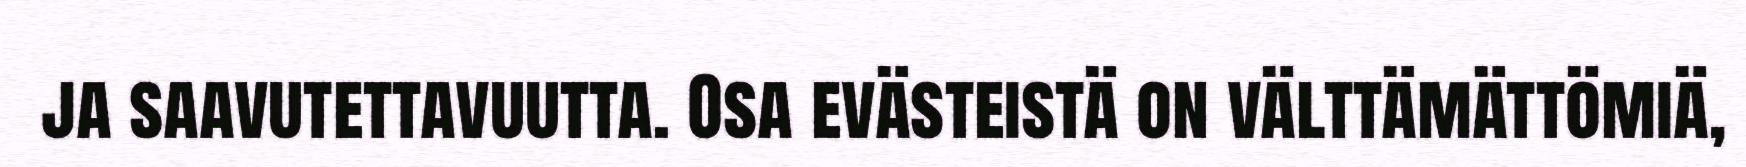
ja saavutettavuutta. Osa evästeistä on välttämättömiä,